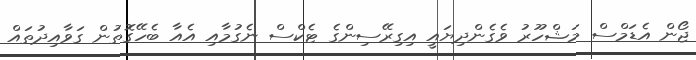
ޖޯން އެޑަމްސް މަޝްހޫރު ވެގެންދިޔައީ އިގިރޭސިންގެ ޓެކްސް ނެގުމާއި އެއާ ބެހޭގޮތުން ގަވާއިދުތައް